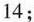
14；